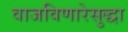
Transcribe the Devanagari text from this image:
वाजविणारेसुद्धा